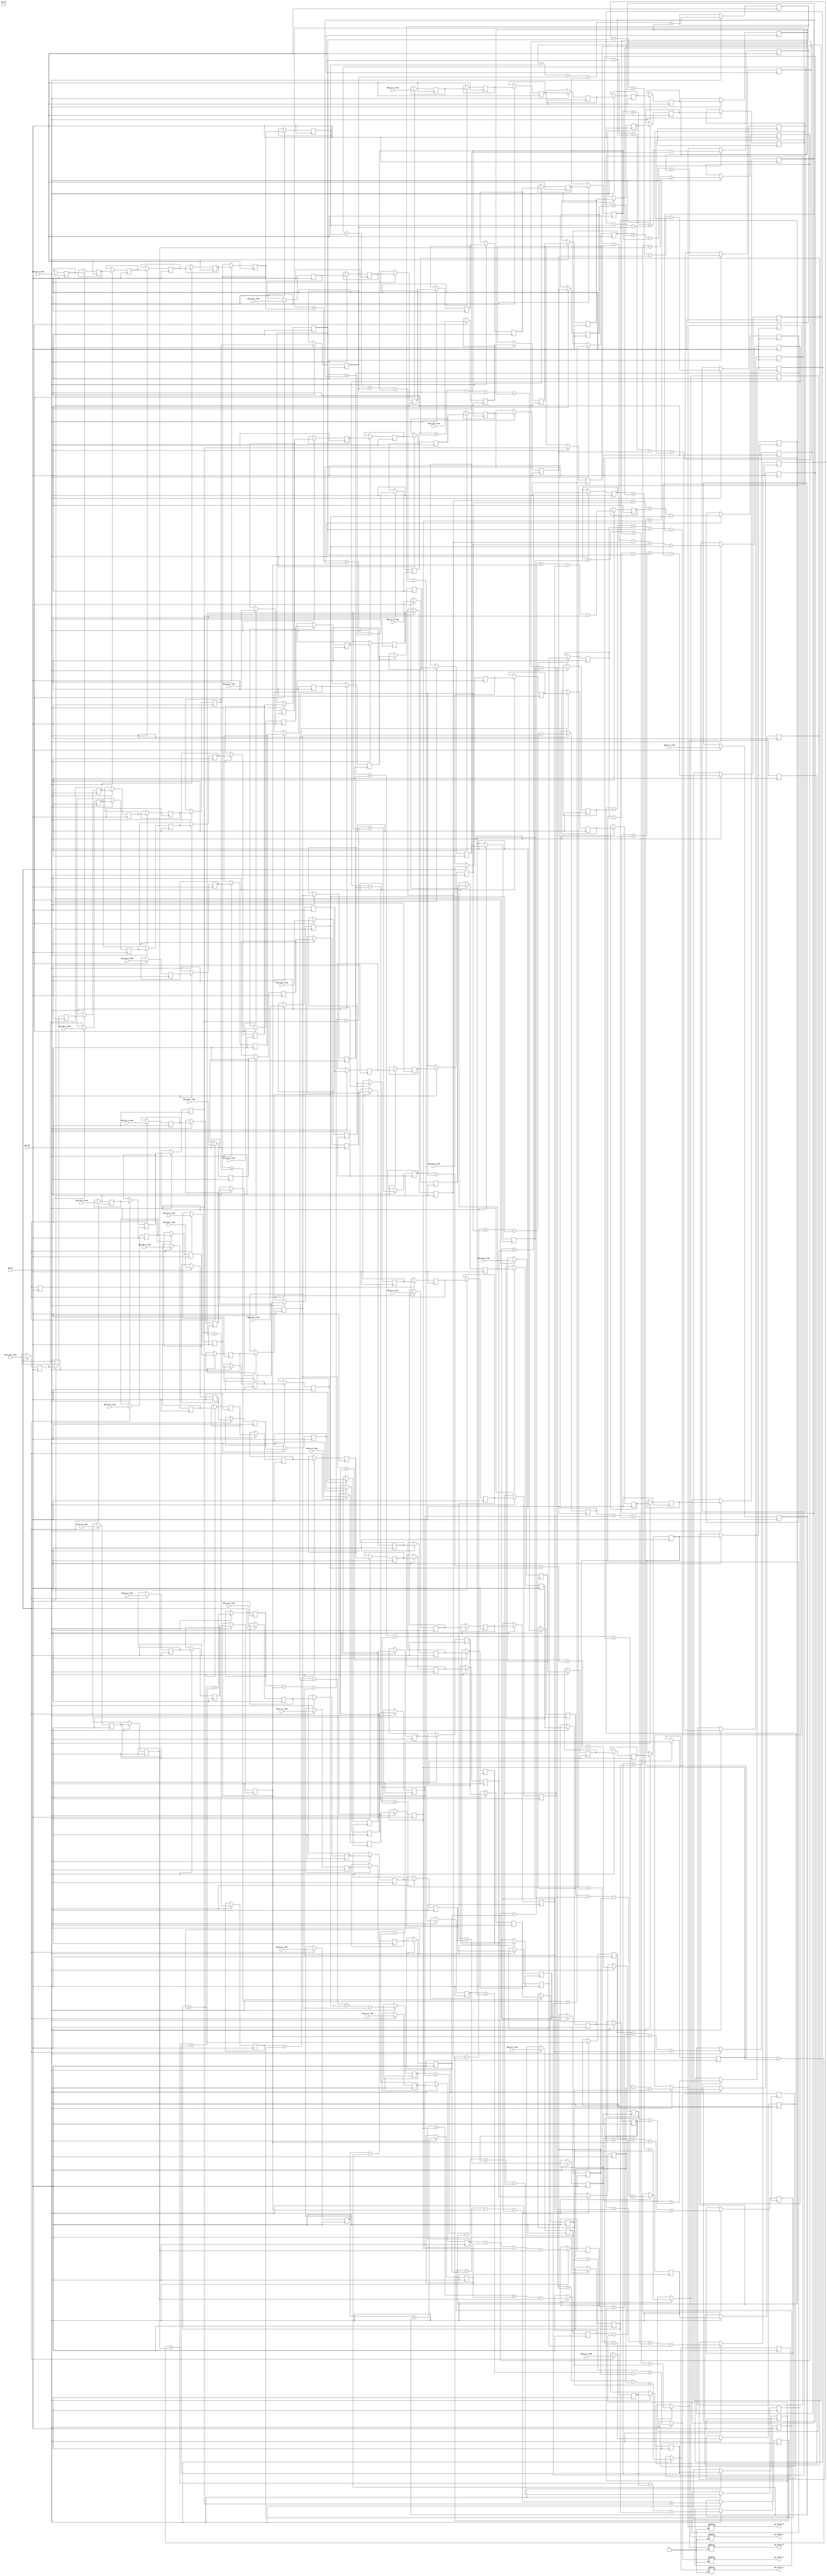

module dense_latency_ap_fixed_ap_fixed_config14_0_0_0_0_0_0 (
        ap_clk,
        ap_rst,
        data_0_V_read,
        data_1_V_read,
        data_2_V_read,
        data_3_V_read,
        data_4_V_read,
        data_5_V_read,
        data_6_V_read,
        data_7_V_read,
        data_8_V_read,
        data_9_V_read,
        data_10_V_read,
        data_11_V_read,
        data_12_V_read,
        data_13_V_read,
        data_14_V_read,
        data_15_V_read,
        data_16_V_read,
        data_17_V_read,
        data_18_V_read,
        data_19_V_read,
        data_20_V_read,
        data_21_V_read,
        data_22_V_read,
        data_23_V_read,
        data_24_V_read,
        data_25_V_read,
        data_26_V_read,
        data_27_V_read,
        data_28_V_read,
        data_29_V_read,
        data_30_V_read,
        data_31_V_read,
        ap_return_0,
        ap_return_1,
        ap_return_2,
        ap_return_3,
        ap_return_4,
        ap_ce
);


input   ap_clk;
input   ap_rst;
input  [15:0] data_0_V_read;
input  [15:0] data_1_V_read;
input  [15:0] data_2_V_read;
input  [15:0] data_3_V_read;
input  [15:0] data_4_V_read;
input  [15:0] data_5_V_read;
input  [15:0] data_6_V_read;
input  [15:0] data_7_V_read;
input  [15:0] data_8_V_read;
input  [15:0] data_9_V_read;
input  [15:0] data_10_V_read;
input  [15:0] data_11_V_read;
input  [15:0] data_12_V_read;
input  [15:0] data_13_V_read;
input  [15:0] data_14_V_read;
input  [15:0] data_15_V_read;
input  [15:0] data_16_V_read;
input  [15:0] data_17_V_read;
input  [15:0] data_18_V_read;
input  [15:0] data_19_V_read;
input  [15:0] data_20_V_read;
input  [15:0] data_21_V_read;
input  [15:0] data_22_V_read;
input  [15:0] data_23_V_read;
input  [15:0] data_24_V_read;
input  [15:0] data_25_V_read;
input  [15:0] data_26_V_read;
input  [15:0] data_27_V_read;
input  [15:0] data_28_V_read;
input  [15:0] data_29_V_read;
input  [15:0] data_30_V_read;
input  [15:0] data_31_V_read;
output  [15:0] ap_return_0;
output  [15:0] ap_return_1;
output  [15:0] ap_return_2;
output  [15:0] ap_return_3;
output  [15:0] ap_return_4;
input   ap_ce;

reg[15:0] ap_return_0;
reg[15:0] ap_return_1;
reg[15:0] ap_return_2;
reg[15:0] ap_return_3;
reg[15:0] ap_return_4;

reg   [15:0] data_31_V_read32_reg_989;
wire    ap_block_state1_pp0_stage0_iter0;
wire    ap_block_state2_pp0_stage0_iter1;
wire    ap_block_state3_pp0_stage0_iter2;
wire    ap_block_state4_pp0_stage0_iter3;
wire    ap_block_state5_pp0_stage0_iter4;
wire    ap_block_state6_pp0_stage0_iter5;
wire    ap_block_state7_pp0_stage0_iter6;
wire    ap_block_state8_pp0_stage0_iter7;
wire    ap_block_pp0_stage0_11001;
reg   [15:0] data_31_V_read32_reg_989_pp0_iter1_reg;
reg   [15:0] data_31_V_read32_reg_989_pp0_iter2_reg;
reg   [15:0] data_31_V_read32_reg_989_pp0_iter3_reg;
reg   [15:0] data_31_V_read32_reg_989_pp0_iter4_reg;
reg   [15:0] data_31_V_read32_reg_989_pp0_iter5_reg;
reg   [15:0] data_31_V_read32_reg_989_pp0_iter6_reg;
reg   [15:0] data_30_V_read31_reg_998;
reg   [15:0] data_30_V_read31_reg_998_pp0_iter1_reg;
reg   [15:0] data_30_V_read31_reg_998_pp0_iter2_reg;
reg   [15:0] data_30_V_read31_reg_998_pp0_iter3_reg;
reg   [15:0] data_30_V_read31_reg_998_pp0_iter4_reg;
reg   [15:0] data_30_V_read31_reg_998_pp0_iter5_reg;
reg   [15:0] data_30_V_read31_reg_998_pp0_iter6_reg;
reg   [15:0] data_29_V_read_6_reg_1006;
reg   [15:0] data_29_V_read_6_reg_1006_pp0_iter1_reg;
reg   [15:0] data_29_V_read_6_reg_1006_pp0_iter2_reg;
reg   [15:0] data_29_V_read_6_reg_1006_pp0_iter3_reg;
reg   [15:0] data_29_V_read_6_reg_1006_pp0_iter4_reg;
reg   [15:0] data_29_V_read_6_reg_1006_pp0_iter5_reg;
reg   [15:0] data_29_V_read_6_reg_1006_pp0_iter6_reg;
reg   [15:0] data_28_V_read_6_reg_1014;
reg   [15:0] data_28_V_read_6_reg_1014_pp0_iter1_reg;
reg   [15:0] data_28_V_read_6_reg_1014_pp0_iter2_reg;
reg   [15:0] data_28_V_read_6_reg_1014_pp0_iter3_reg;
reg   [15:0] data_28_V_read_6_reg_1014_pp0_iter4_reg;
reg   [15:0] data_28_V_read_6_reg_1014_pp0_iter5_reg;
reg   [15:0] data_28_V_read_6_reg_1014_pp0_iter6_reg;
reg   [15:0] data_27_V_read_7_reg_1023;
reg   [15:0] data_27_V_read_7_reg_1023_pp0_iter1_reg;
reg   [15:0] data_27_V_read_7_reg_1023_pp0_iter2_reg;
reg   [15:0] data_27_V_read_7_reg_1023_pp0_iter3_reg;
reg   [15:0] data_27_V_read_7_reg_1023_pp0_iter4_reg;
reg   [15:0] data_27_V_read_7_reg_1023_pp0_iter5_reg;
reg   [15:0] data_26_V_read_7_reg_1032;
reg   [15:0] data_26_V_read_7_reg_1032_pp0_iter1_reg;
reg   [15:0] data_26_V_read_7_reg_1032_pp0_iter2_reg;
reg   [15:0] data_26_V_read_7_reg_1032_pp0_iter3_reg;
reg   [15:0] data_26_V_read_7_reg_1032_pp0_iter4_reg;
reg   [15:0] data_26_V_read_7_reg_1032_pp0_iter5_reg;
reg   [15:0] data_25_V_read26_reg_1041;
reg   [15:0] data_25_V_read26_reg_1041_pp0_iter1_reg;
reg   [15:0] data_25_V_read26_reg_1041_pp0_iter2_reg;
reg   [15:0] data_25_V_read26_reg_1041_pp0_iter3_reg;
reg   [15:0] data_25_V_read26_reg_1041_pp0_iter4_reg;
reg   [15:0] data_25_V_read26_reg_1041_pp0_iter5_reg;
reg   [15:0] data_24_V_read25_reg_1050;
reg   [15:0] data_24_V_read25_reg_1050_pp0_iter1_reg;
reg   [15:0] data_24_V_read25_reg_1050_pp0_iter2_reg;
reg   [15:0] data_24_V_read25_reg_1050_pp0_iter3_reg;
reg   [15:0] data_24_V_read25_reg_1050_pp0_iter4_reg;
reg   [15:0] data_24_V_read25_reg_1050_pp0_iter5_reg;
reg   [15:0] data_23_V_read24_reg_1059;
reg   [15:0] data_23_V_read24_reg_1059_pp0_iter1_reg;
reg   [15:0] data_23_V_read24_reg_1059_pp0_iter2_reg;
reg   [15:0] data_23_V_read24_reg_1059_pp0_iter3_reg;
reg   [15:0] data_23_V_read24_reg_1059_pp0_iter4_reg;
reg   [15:0] data_22_V_read23_reg_1068;
reg   [15:0] data_22_V_read23_reg_1068_pp0_iter1_reg;
reg   [15:0] data_22_V_read23_reg_1068_pp0_iter2_reg;
reg   [15:0] data_22_V_read23_reg_1068_pp0_iter3_reg;
reg   [15:0] data_22_V_read23_reg_1068_pp0_iter4_reg;
reg   [15:0] data_22_V_read23_reg_1068_pp0_iter5_reg;
reg   [15:0] data_21_V_read22_reg_1077;
reg   [15:0] data_21_V_read22_reg_1077_pp0_iter1_reg;
reg   [15:0] data_21_V_read22_reg_1077_pp0_iter2_reg;
reg   [15:0] data_21_V_read22_reg_1077_pp0_iter3_reg;
reg   [15:0] data_21_V_read22_reg_1077_pp0_iter4_reg;
reg   [15:0] data_20_V_read21_reg_1086;
reg   [15:0] data_20_V_read21_reg_1086_pp0_iter1_reg;
reg   [15:0] data_20_V_read21_reg_1086_pp0_iter2_reg;
reg   [15:0] data_20_V_read21_reg_1086_pp0_iter3_reg;
reg   [15:0] data_20_V_read21_reg_1086_pp0_iter4_reg;
reg   [15:0] data_19_V_read_6_reg_1095;
reg   [15:0] data_19_V_read_6_reg_1095_pp0_iter1_reg;
reg   [15:0] data_19_V_read_6_reg_1095_pp0_iter2_reg;
reg   [15:0] data_19_V_read_6_reg_1095_pp0_iter3_reg;
reg   [15:0] data_19_V_read_6_reg_1095_pp0_iter4_reg;
reg   [15:0] data_18_V_read_6_reg_1103;
reg   [15:0] data_18_V_read_6_reg_1103_pp0_iter1_reg;
reg   [15:0] data_18_V_read_6_reg_1103_pp0_iter2_reg;
reg   [15:0] data_18_V_read_6_reg_1103_pp0_iter3_reg;
reg   [15:0] data_18_V_read_6_reg_1103_pp0_iter4_reg;
reg   [15:0] data_17_V_read_7_reg_1111;
reg   [15:0] data_17_V_read_7_reg_1111_pp0_iter1_reg;
reg   [15:0] data_17_V_read_7_reg_1111_pp0_iter2_reg;
reg   [15:0] data_17_V_read_7_reg_1111_pp0_iter3_reg;
reg   [15:0] data_16_V_read_7_reg_1120;
reg   [15:0] data_16_V_read_7_reg_1120_pp0_iter1_reg;
reg   [15:0] data_16_V_read_7_reg_1120_pp0_iter2_reg;
reg   [15:0] data_16_V_read_7_reg_1120_pp0_iter3_reg;
reg   [15:0] data_15_V_read16_reg_1129;
reg   [15:0] data_15_V_read16_reg_1129_pp0_iter1_reg;
reg   [15:0] data_15_V_read16_reg_1129_pp0_iter2_reg;
reg   [15:0] data_15_V_read16_reg_1129_pp0_iter3_reg;
reg   [15:0] data_14_V_read15_reg_1138;
reg   [15:0] data_14_V_read15_reg_1138_pp0_iter1_reg;
reg   [15:0] data_14_V_read15_reg_1138_pp0_iter2_reg;
reg   [15:0] data_14_V_read15_reg_1138_pp0_iter3_reg;
reg   [15:0] data_13_V_read14_reg_1147;
reg   [15:0] data_13_V_read14_reg_1147_pp0_iter1_reg;
reg   [15:0] data_13_V_read14_reg_1147_pp0_iter2_reg;
reg   [15:0] data_12_V_read13_reg_1156;
reg   [15:0] data_12_V_read13_reg_1156_pp0_iter1_reg;
reg   [15:0] data_12_V_read13_reg_1156_pp0_iter2_reg;
reg   [15:0] data_11_V_read12_reg_1165;
reg   [15:0] data_11_V_read12_reg_1165_pp0_iter1_reg;
reg   [15:0] data_11_V_read12_reg_1165_pp0_iter2_reg;
reg   [15:0] data_10_V_read11_reg_1174;
reg   [15:0] data_10_V_read11_reg_1174_pp0_iter1_reg;
reg   [15:0] data_10_V_read11_reg_1174_pp0_iter2_reg;
reg   [15:0] data_9_V_read_6_reg_1183;
reg   [15:0] data_9_V_read_6_reg_1183_pp0_iter1_reg;
reg   [15:0] data_8_V_read_6_reg_1192;
reg   [15:0] data_8_V_read_6_reg_1192_pp0_iter1_reg;
reg   [15:0] data_7_V_read_7_reg_1201;
reg   [15:0] data_7_V_read_7_reg_1201_pp0_iter1_reg;
reg   [15:0] data_6_V_read_7_reg_1208;
reg   [15:0] data_5_V_read_7_reg_1215;
reg   [15:0] data_5_V_read_7_reg_1215_pp0_iter1_reg;
reg   [15:0] data_4_V_read_8_reg_1224;
reg   [15:0] data_3_V_read_8_reg_1232;
reg   [15:0] data_2_V_read_8_reg_1240;
wire   [15:0] add_ln703_fu_280_p2;
reg   [15:0] add_ln703_reg_1246;
wire   [15:0] sub_ln703_1_fu_286_p2;
reg   [15:0] sub_ln703_1_reg_1252;
wire   [15:0] sub_ln703_5_fu_319_p2;
reg   [15:0] sub_ln703_5_reg_1258;
wire   [15:0] sub_ln703_6_fu_324_p2;
reg   [15:0] sub_ln703_6_reg_1263;
wire   [15:0] add_ln703_136_fu_347_p2;
reg   [15:0] add_ln703_136_reg_1268;
wire   [15:0] sub_ln703_9_fu_353_p2;
reg   [15:0] sub_ln703_9_reg_1273;
wire   [15:0] add_ln703_138_fu_363_p2;
reg   [15:0] add_ln703_138_reg_1278;
wire   [15:0] add_ln703_139_fu_367_p2;
reg   [15:0] add_ln703_139_reg_1284;
wire   [15:0] add_ln703_145_fu_433_p2;
reg   [15:0] add_ln703_145_reg_1289;
wire   [15:0] sub_ln703_18_fu_443_p2;
reg   [15:0] sub_ln703_18_reg_1294;
wire   [15:0] add_ln703_146_fu_453_p2;
reg   [15:0] add_ln703_146_reg_1299;
wire   [15:0] add_ln703_147_fu_458_p2;
reg   [15:0] add_ln703_147_reg_1304;
wire   [15:0] add_ln703_148_fu_463_p2;
reg   [15:0] add_ln703_148_reg_1309;
wire   [15:0] add_ln703_149_fu_468_p2;
reg   [15:0] add_ln703_149_reg_1314;
wire   [15:0] sub_ln703_25_fu_517_p2;
reg   [15:0] sub_ln703_25_reg_1319;
wire   [15:0] sub_ln703_26_fu_527_p2;
reg   [15:0] sub_ln703_26_reg_1324;
wire   [15:0] sub_ln703_28_fu_537_p2;
reg   [15:0] sub_ln703_28_reg_1329;
wire   [15:0] sub_ln703_30_fu_542_p2;
reg   [15:0] sub_ln703_30_reg_1334;
wire   [15:0] sub_ln703_33_fu_562_p2;
reg   [15:0] sub_ln703_33_reg_1339;
wire   [15:0] add_ln703_166_fu_567_p2;
reg   [15:0] add_ln703_166_reg_1344;
wire   [15:0] add_ln703_163_fu_621_p2;
reg   [15:0] add_ln703_163_reg_1350;
wire   [15:0] sub_ln703_38_fu_626_p2;
reg   [15:0] sub_ln703_38_reg_1355;
wire   [15:0] add_ln703_167_fu_641_p2;
reg   [15:0] add_ln703_167_reg_1360;
wire   [15:0] sub_ln703_41_fu_646_p2;
reg   [15:0] sub_ln703_41_reg_1365;
wire   [15:0] add_ln703_176_fu_660_p2;
reg   [15:0] add_ln703_176_reg_1370;
reg   [15:0] add_ln703_176_reg_1370_pp0_iter5_reg;
wire   [15:0] sub_ln703_46_fu_697_p2;
reg   [15:0] sub_ln703_46_reg_1375;
wire   [15:0] add_ln703_173_fu_732_p2;
reg   [15:0] add_ln703_173_reg_1380;
wire   [15:0] sub_ln703_49_fu_737_p2;
reg   [15:0] sub_ln703_49_reg_1385;
wire   [15:0] sub_ln703_50_fu_742_p2;
reg   [15:0] sub_ln703_50_reg_1390;
wire   [15:0] add_ln703_180_fu_760_p2;
reg   [15:0] add_ln703_180_reg_1395;
wire   [15:0] add_ln703_184_fu_770_p2;
reg   [15:0] add_ln703_184_reg_1400;
wire   [15:0] sub_ln703_61_fu_840_p2;
reg   [15:0] sub_ln703_61_reg_1405;
wire   [15:0] add_ln703_189_fu_855_p2;
reg   [15:0] add_ln703_189_reg_1410;
wire   [15:0] sub_ln703_62_fu_860_p2;
reg   [15:0] sub_ln703_62_reg_1415;
wire   [15:0] sub_ln703_64_fu_865_p2;
reg   [15:0] sub_ln703_64_reg_1420;
wire   [15:0] add_ln703_192_fu_870_p2;
reg   [15:0] add_ln703_192_reg_1425;
wire   [15:0] add_ln703_194_fu_874_p2;
reg   [15:0] add_ln703_194_reg_1431;
wire    ap_block_pp0_stage0;
wire   [15:0] sub_ln703_fu_274_p2;
wire   [15:0] add_ln703_130_fu_300_p2;
wire   [15:0] sub_ln703_2_fu_292_p2;
wire   [15:0] sub_ln703_3_fu_296_p2;
wire   [15:0] add_ln703_131_fu_304_p2;
wire   [15:0] sub_ln703_4_fu_309_p2;
wire   [15:0] add_ln703_132_fu_314_p2;
wire   [15:0] add_ln703_134_fu_338_p2;
wire   [15:0] add_ln703_135_fu_342_p2;
wire   [15:0] add_ln703_133_fu_334_p2;
wire   [15:0] sub_ln703_8_fu_329_p2;
wire   [15:0] add_ln703_137_fu_358_p2;
wire   [15:0] sub_ln703_7_fu_373_p2;
wire   [15:0] add_ln703_141_fu_386_p2;
wire   [15:0] sub_ln703_10_fu_377_p2;
wire   [15:0] add_ln703_140_fu_381_p2;
wire   [15:0] add_ln703_142_fu_390_p2;
wire   [15:0] add_ln703_143_fu_395_p2;
wire   [15:0] add_ln703_144_fu_399_p2;
wire   [15:0] sub_ln703_11_fu_404_p2;
wire   [15:0] sub_ln703_13_fu_413_p2;
wire   [15:0] sub_ln703_14_fu_418_p2;
wire   [15:0] sub_ln703_15_fu_423_p2;
wire   [15:0] sub_ln703_16_fu_428_p2;
wire   [15:0] sub_ln703_17_fu_438_p2;
wire   [15:0] sub_ln703_19_fu_448_p2;
wire   [15:0] sub_ln703_12_fu_408_p2;
wire   [15:0] sub_ln703_20_fu_472_p2;
wire   [15:0] add_ln703_151_fu_489_p2;
wire   [15:0] add_ln703_150_fu_476_p2;
wire   [15:0] sub_ln703_21_fu_480_p2;
wire   [15:0] sub_ln703_22_fu_485_p2;
wire   [15:0] add_ln703_152_fu_493_p2;
wire   [15:0] sub_ln703_24_fu_502_p2;
wire   [15:0] add_ln703_153_fu_507_p2;
wire   [15:0] add_ln703_154_fu_512_p2;
wire   [15:0] add_ln703_155_fu_522_p2;
wire   [15:0] sub_ln703_27_fu_532_p2;
wire   [15:0] sub_ln703_23_fu_498_p2;
wire   [15:0] add_ln703_158_fu_552_p2;
wire   [15:0] add_ln703_157_fu_547_p2;
wire   [15:0] add_ln703_159_fu_556_p2;
wire   [15:0] add_ln703_156_fu_571_p2;
wire   [15:0] sub_ln703_29_fu_575_p2;
wire   [15:0] sub_ln703_32_fu_584_p2;
wire   [15:0] add_ln703_160_fu_588_p2;
wire   [15:0] add_ln703_161_fu_593_p2;
wire   [15:0] sub_ln703_34_fu_597_p2;
wire   [15:0] sub_ln703_35_fu_602_p2;
wire   [15:0] add_ln703_162_fu_616_p2;
wire   [15:0] add_ln703_164_fu_631_p2;
wire   [15:0] sub_ln703_36_fu_607_p2;
wire   [15:0] sub_ln703_37_fu_612_p2;
wire   [15:0] add_ln703_165_fu_635_p2;
wire   [15:0] sub_ln703_31_fu_579_p2;
wire   [15:0] add_ln703_175_fu_656_p2;
wire   [15:0] add_ln703_174_fu_651_p2;
wire   [15:0] sub_ln703_39_fu_666_p2;
wire   [15:0] add_ln703_168_fu_674_p2;
wire   [15:0] sub_ln703_42_fu_679_p2;
wire   [15:0] sub_ln703_43_fu_683_p2;
wire   [15:0] sub_ln703_44_fu_688_p2;
wire   [15:0] sub_ln703_45_fu_692_p2;
wire   [15:0] sub_ln703_40_fu_670_p2;
wire   [15:0] add_ln703_171_fu_717_p2;
wire   [15:0] add_ln703_170_fu_712_p2;
wire   [15:0] add_ln703_169_fu_702_p2;
wire   [15:0] sub_ln703_47_fu_707_p2;
wire   [15:0] add_ln703_172_fu_721_p2;
wire   [15:0] sub_ln703_48_fu_727_p2;
wire   [15:0] add_ln703_178_fu_751_p2;
wire   [15:0] add_ln703_179_fu_755_p2;
wire   [15:0] add_ln703_177_fu_747_p2;
wire   [15:0] add_ln703_183_fu_766_p2;
wire   [15:0] add_ln703_181_fu_775_p2;
wire   [15:0] sub_ln703_51_fu_779_p2;
wire   [15:0] sub_ln703_52_fu_783_p2;
wire   [15:0] add_ln703_182_fu_806_p2;
wire   [15:0] sub_ln703_53_fu_787_p2;
wire   [15:0] sub_ln703_54_fu_791_p2;
wire   [15:0] sub_ln703_56_fu_801_p2;
wire   [15:0] add_ln703_185_fu_810_p2;
wire   [15:0] add_ln703_186_fu_815_p2;
wire   [15:0] sub_ln703_57_fu_820_p2;
wire   [15:0] add_ln703_187_fu_845_p2;
wire   [15:0] sub_ln703_55_fu_796_p2;
wire   [15:0] sub_ln703_59_fu_830_p2;
wire   [15:0] sub_ln703_60_fu_835_p2;
wire   [15:0] add_ln703_188_fu_849_p2;
wire   [15:0] sub_ln703_58_fu_825_p2;
wire   [15:0] sub_ln703_63_fu_879_p2;
wire   [15:0] sub_ln703_65_fu_883_p2;
wire   [15:0] add_ln703_190_fu_887_p2;
wire   [15:0] sub_ln703_66_fu_891_p2;
wire   [15:0] add_ln703_195_fu_915_p2;
wire   [15:0] add_ln703_191_fu_896_p2;
wire   [15:0] sub_ln703_68_fu_906_p2;
wire   [15:0] add_ln703_193_fu_911_p2;
wire   [15:0] add_ln703_196_fu_919_p2;
wire   [15:0] sub_ln703_69_fu_924_p2;
wire   [15:0] add_ln703_198_fu_949_p2;
wire   [15:0] sub_ln703_67_fu_901_p2;
wire   [15:0] sub_ln703_70_fu_929_p2;
wire   [15:0] acc_1_V_fu_934_p2;
wire   [15:0] acc_2_V_fu_939_p2;
wire   [15:0] acc_3_V_fu_944_p2;
wire   [15:0] acc_4_V_fu_953_p2;
reg    ap_ce_reg;
reg   [15:0] data_0_V_read_int_reg;
reg   [15:0] data_1_V_read_int_reg;
reg   [15:0] data_2_V_read_int_reg;
reg   [15:0] data_3_V_read_int_reg;
reg   [15:0] data_4_V_read_int_reg;
reg   [15:0] data_5_V_read_int_reg;
reg   [15:0] data_6_V_read_int_reg;
reg   [15:0] data_7_V_read_int_reg;
reg   [15:0] data_8_V_read_int_reg;
reg   [15:0] data_9_V_read_int_reg;
reg   [15:0] data_10_V_read_int_reg;
reg   [15:0] data_11_V_read_int_reg;
reg   [15:0] data_12_V_read_int_reg;
reg   [15:0] data_13_V_read_int_reg;
reg   [15:0] data_14_V_read_int_reg;
reg   [15:0] data_15_V_read_int_reg;
reg   [15:0] data_16_V_read_int_reg;
reg   [15:0] data_17_V_read_int_reg;
reg   [15:0] data_18_V_read_int_reg;
reg   [15:0] data_19_V_read_int_reg;
reg   [15:0] data_20_V_read_int_reg;
reg   [15:0] data_21_V_read_int_reg;
reg   [15:0] data_22_V_read_int_reg;
reg   [15:0] data_23_V_read_int_reg;
reg   [15:0] data_24_V_read_int_reg;
reg   [15:0] data_25_V_read_int_reg;
reg   [15:0] data_26_V_read_int_reg;
reg   [15:0] data_27_V_read_int_reg;
reg   [15:0] data_28_V_read_int_reg;
reg   [15:0] data_29_V_read_int_reg;
reg   [15:0] data_30_V_read_int_reg;
reg   [15:0] data_31_V_read_int_reg;
reg   [15:0] ap_return_0_int_reg;
reg   [15:0] ap_return_1_int_reg;
reg   [15:0] ap_return_2_int_reg;
reg   [15:0] ap_return_3_int_reg;
reg   [15:0] ap_return_4_int_reg;

always @ (posedge ap_clk) begin
    ap_ce_reg <= ap_ce;
end

always @ (posedge ap_clk) begin
    if (((1'b1 == ap_ce_reg) & (1'b0 == ap_block_pp0_stage0_11001))) begin
        add_ln703_136_reg_1268 <= add_ln703_136_fu_347_p2;
        add_ln703_138_reg_1278 <= add_ln703_138_fu_363_p2;
        add_ln703_139_reg_1284 <= add_ln703_139_fu_367_p2;
        add_ln703_145_reg_1289 <= add_ln703_145_fu_433_p2;
        add_ln703_146_reg_1299 <= add_ln703_146_fu_453_p2;
        add_ln703_147_reg_1304 <= add_ln703_147_fu_458_p2;
        add_ln703_148_reg_1309 <= add_ln703_148_fu_463_p2;
        add_ln703_149_reg_1314 <= add_ln703_149_fu_468_p2;
        add_ln703_163_reg_1350 <= add_ln703_163_fu_621_p2;
        add_ln703_166_reg_1344 <= add_ln703_166_fu_567_p2;
        add_ln703_167_reg_1360 <= add_ln703_167_fu_641_p2;
        add_ln703_173_reg_1380 <= add_ln703_173_fu_732_p2;
        add_ln703_176_reg_1370 <= add_ln703_176_fu_660_p2;
        add_ln703_176_reg_1370_pp0_iter5_reg <= add_ln703_176_reg_1370;
        add_ln703_180_reg_1395 <= add_ln703_180_fu_760_p2;
        add_ln703_184_reg_1400 <= add_ln703_184_fu_770_p2;
        add_ln703_189_reg_1410 <= add_ln703_189_fu_855_p2;
        add_ln703_192_reg_1425 <= add_ln703_192_fu_870_p2;
        add_ln703_194_reg_1431 <= add_ln703_194_fu_874_p2;
        add_ln703_reg_1246 <= add_ln703_fu_280_p2;
        data_10_V_read11_reg_1174 <= data_10_V_read_int_reg;
        data_10_V_read11_reg_1174_pp0_iter1_reg <= data_10_V_read11_reg_1174;
        data_10_V_read11_reg_1174_pp0_iter2_reg <= data_10_V_read11_reg_1174_pp0_iter1_reg;
        data_11_V_read12_reg_1165 <= data_11_V_read_int_reg;
        data_11_V_read12_reg_1165_pp0_iter1_reg <= data_11_V_read12_reg_1165;
        data_11_V_read12_reg_1165_pp0_iter2_reg <= data_11_V_read12_reg_1165_pp0_iter1_reg;
        data_12_V_read13_reg_1156 <= data_12_V_read_int_reg;
        data_12_V_read13_reg_1156_pp0_iter1_reg <= data_12_V_read13_reg_1156;
        data_12_V_read13_reg_1156_pp0_iter2_reg <= data_12_V_read13_reg_1156_pp0_iter1_reg;
        data_13_V_read14_reg_1147 <= data_13_V_read_int_reg;
        data_13_V_read14_reg_1147_pp0_iter1_reg <= data_13_V_read14_reg_1147;
        data_13_V_read14_reg_1147_pp0_iter2_reg <= data_13_V_read14_reg_1147_pp0_iter1_reg;
        data_14_V_read15_reg_1138 <= data_14_V_read_int_reg;
        data_14_V_read15_reg_1138_pp0_iter1_reg <= data_14_V_read15_reg_1138;
        data_14_V_read15_reg_1138_pp0_iter2_reg <= data_14_V_read15_reg_1138_pp0_iter1_reg;
        data_14_V_read15_reg_1138_pp0_iter3_reg <= data_14_V_read15_reg_1138_pp0_iter2_reg;
        data_15_V_read16_reg_1129 <= data_15_V_read_int_reg;
        data_15_V_read16_reg_1129_pp0_iter1_reg <= data_15_V_read16_reg_1129;
        data_15_V_read16_reg_1129_pp0_iter2_reg <= data_15_V_read16_reg_1129_pp0_iter1_reg;
        data_15_V_read16_reg_1129_pp0_iter3_reg <= data_15_V_read16_reg_1129_pp0_iter2_reg;
        data_16_V_read_7_reg_1120 <= data_16_V_read_int_reg;
        data_16_V_read_7_reg_1120_pp0_iter1_reg <= data_16_V_read_7_reg_1120;
        data_16_V_read_7_reg_1120_pp0_iter2_reg <= data_16_V_read_7_reg_1120_pp0_iter1_reg;
        data_16_V_read_7_reg_1120_pp0_iter3_reg <= data_16_V_read_7_reg_1120_pp0_iter2_reg;
        data_17_V_read_7_reg_1111 <= data_17_V_read_int_reg;
        data_17_V_read_7_reg_1111_pp0_iter1_reg <= data_17_V_read_7_reg_1111;
        data_17_V_read_7_reg_1111_pp0_iter2_reg <= data_17_V_read_7_reg_1111_pp0_iter1_reg;
        data_17_V_read_7_reg_1111_pp0_iter3_reg <= data_17_V_read_7_reg_1111_pp0_iter2_reg;
        data_18_V_read_6_reg_1103 <= data_18_V_read_int_reg;
        data_18_V_read_6_reg_1103_pp0_iter1_reg <= data_18_V_read_6_reg_1103;
        data_18_V_read_6_reg_1103_pp0_iter2_reg <= data_18_V_read_6_reg_1103_pp0_iter1_reg;
        data_18_V_read_6_reg_1103_pp0_iter3_reg <= data_18_V_read_6_reg_1103_pp0_iter2_reg;
        data_18_V_read_6_reg_1103_pp0_iter4_reg <= data_18_V_read_6_reg_1103_pp0_iter3_reg;
        data_19_V_read_6_reg_1095 <= data_19_V_read_int_reg;
        data_19_V_read_6_reg_1095_pp0_iter1_reg <= data_19_V_read_6_reg_1095;
        data_19_V_read_6_reg_1095_pp0_iter2_reg <= data_19_V_read_6_reg_1095_pp0_iter1_reg;
        data_19_V_read_6_reg_1095_pp0_iter3_reg <= data_19_V_read_6_reg_1095_pp0_iter2_reg;
        data_19_V_read_6_reg_1095_pp0_iter4_reg <= data_19_V_read_6_reg_1095_pp0_iter3_reg;
        data_20_V_read21_reg_1086 <= data_20_V_read_int_reg;
        data_20_V_read21_reg_1086_pp0_iter1_reg <= data_20_V_read21_reg_1086;
        data_20_V_read21_reg_1086_pp0_iter2_reg <= data_20_V_read21_reg_1086_pp0_iter1_reg;
        data_20_V_read21_reg_1086_pp0_iter3_reg <= data_20_V_read21_reg_1086_pp0_iter2_reg;
        data_20_V_read21_reg_1086_pp0_iter4_reg <= data_20_V_read21_reg_1086_pp0_iter3_reg;
        data_21_V_read22_reg_1077 <= data_21_V_read_int_reg;
        data_21_V_read22_reg_1077_pp0_iter1_reg <= data_21_V_read22_reg_1077;
        data_21_V_read22_reg_1077_pp0_iter2_reg <= data_21_V_read22_reg_1077_pp0_iter1_reg;
        data_21_V_read22_reg_1077_pp0_iter3_reg <= data_21_V_read22_reg_1077_pp0_iter2_reg;
        data_21_V_read22_reg_1077_pp0_iter4_reg <= data_21_V_read22_reg_1077_pp0_iter3_reg;
        data_22_V_read23_reg_1068 <= data_22_V_read_int_reg;
        data_22_V_read23_reg_1068_pp0_iter1_reg <= data_22_V_read23_reg_1068;
        data_22_V_read23_reg_1068_pp0_iter2_reg <= data_22_V_read23_reg_1068_pp0_iter1_reg;
        data_22_V_read23_reg_1068_pp0_iter3_reg <= data_22_V_read23_reg_1068_pp0_iter2_reg;
        data_22_V_read23_reg_1068_pp0_iter4_reg <= data_22_V_read23_reg_1068_pp0_iter3_reg;
        data_22_V_read23_reg_1068_pp0_iter5_reg <= data_22_V_read23_reg_1068_pp0_iter4_reg;
        data_23_V_read24_reg_1059 <= data_23_V_read_int_reg;
        data_23_V_read24_reg_1059_pp0_iter1_reg <= data_23_V_read24_reg_1059;
        data_23_V_read24_reg_1059_pp0_iter2_reg <= data_23_V_read24_reg_1059_pp0_iter1_reg;
        data_23_V_read24_reg_1059_pp0_iter3_reg <= data_23_V_read24_reg_1059_pp0_iter2_reg;
        data_23_V_read24_reg_1059_pp0_iter4_reg <= data_23_V_read24_reg_1059_pp0_iter3_reg;
        data_24_V_read25_reg_1050 <= data_24_V_read_int_reg;
        data_24_V_read25_reg_1050_pp0_iter1_reg <= data_24_V_read25_reg_1050;
        data_24_V_read25_reg_1050_pp0_iter2_reg <= data_24_V_read25_reg_1050_pp0_iter1_reg;
        data_24_V_read25_reg_1050_pp0_iter3_reg <= data_24_V_read25_reg_1050_pp0_iter2_reg;
        data_24_V_read25_reg_1050_pp0_iter4_reg <= data_24_V_read25_reg_1050_pp0_iter3_reg;
        data_24_V_read25_reg_1050_pp0_iter5_reg <= data_24_V_read25_reg_1050_pp0_iter4_reg;
        data_25_V_read26_reg_1041 <= data_25_V_read_int_reg;
        data_25_V_read26_reg_1041_pp0_iter1_reg <= data_25_V_read26_reg_1041;
        data_25_V_read26_reg_1041_pp0_iter2_reg <= data_25_V_read26_reg_1041_pp0_iter1_reg;
        data_25_V_read26_reg_1041_pp0_iter3_reg <= data_25_V_read26_reg_1041_pp0_iter2_reg;
        data_25_V_read26_reg_1041_pp0_iter4_reg <= data_25_V_read26_reg_1041_pp0_iter3_reg;
        data_25_V_read26_reg_1041_pp0_iter5_reg <= data_25_V_read26_reg_1041_pp0_iter4_reg;
        data_26_V_read_7_reg_1032 <= data_26_V_read_int_reg;
        data_26_V_read_7_reg_1032_pp0_iter1_reg <= data_26_V_read_7_reg_1032;
        data_26_V_read_7_reg_1032_pp0_iter2_reg <= data_26_V_read_7_reg_1032_pp0_iter1_reg;
        data_26_V_read_7_reg_1032_pp0_iter3_reg <= data_26_V_read_7_reg_1032_pp0_iter2_reg;
        data_26_V_read_7_reg_1032_pp0_iter4_reg <= data_26_V_read_7_reg_1032_pp0_iter3_reg;
        data_26_V_read_7_reg_1032_pp0_iter5_reg <= data_26_V_read_7_reg_1032_pp0_iter4_reg;
        data_27_V_read_7_reg_1023 <= data_27_V_read_int_reg;
        data_27_V_read_7_reg_1023_pp0_iter1_reg <= data_27_V_read_7_reg_1023;
        data_27_V_read_7_reg_1023_pp0_iter2_reg <= data_27_V_read_7_reg_1023_pp0_iter1_reg;
        data_27_V_read_7_reg_1023_pp0_iter3_reg <= data_27_V_read_7_reg_1023_pp0_iter2_reg;
        data_27_V_read_7_reg_1023_pp0_iter4_reg <= data_27_V_read_7_reg_1023_pp0_iter3_reg;
        data_27_V_read_7_reg_1023_pp0_iter5_reg <= data_27_V_read_7_reg_1023_pp0_iter4_reg;
        data_28_V_read_6_reg_1014 <= data_28_V_read_int_reg;
        data_28_V_read_6_reg_1014_pp0_iter1_reg <= data_28_V_read_6_reg_1014;
        data_28_V_read_6_reg_1014_pp0_iter2_reg <= data_28_V_read_6_reg_1014_pp0_iter1_reg;
        data_28_V_read_6_reg_1014_pp0_iter3_reg <= data_28_V_read_6_reg_1014_pp0_iter2_reg;
        data_28_V_read_6_reg_1014_pp0_iter4_reg <= data_28_V_read_6_reg_1014_pp0_iter3_reg;
        data_28_V_read_6_reg_1014_pp0_iter5_reg <= data_28_V_read_6_reg_1014_pp0_iter4_reg;
        data_28_V_read_6_reg_1014_pp0_iter6_reg <= data_28_V_read_6_reg_1014_pp0_iter5_reg;
        data_29_V_read_6_reg_1006 <= data_29_V_read_int_reg;
        data_29_V_read_6_reg_1006_pp0_iter1_reg <= data_29_V_read_6_reg_1006;
        data_29_V_read_6_reg_1006_pp0_iter2_reg <= data_29_V_read_6_reg_1006_pp0_iter1_reg;
        data_29_V_read_6_reg_1006_pp0_iter3_reg <= data_29_V_read_6_reg_1006_pp0_iter2_reg;
        data_29_V_read_6_reg_1006_pp0_iter4_reg <= data_29_V_read_6_reg_1006_pp0_iter3_reg;
        data_29_V_read_6_reg_1006_pp0_iter5_reg <= data_29_V_read_6_reg_1006_pp0_iter4_reg;
        data_29_V_read_6_reg_1006_pp0_iter6_reg <= data_29_V_read_6_reg_1006_pp0_iter5_reg;
        data_2_V_read_8_reg_1240 <= data_2_V_read_int_reg;
        data_30_V_read31_reg_998 <= data_30_V_read_int_reg;
        data_30_V_read31_reg_998_pp0_iter1_reg <= data_30_V_read31_reg_998;
        data_30_V_read31_reg_998_pp0_iter2_reg <= data_30_V_read31_reg_998_pp0_iter1_reg;
        data_30_V_read31_reg_998_pp0_iter3_reg <= data_30_V_read31_reg_998_pp0_iter2_reg;
        data_30_V_read31_reg_998_pp0_iter4_reg <= data_30_V_read31_reg_998_pp0_iter3_reg;
        data_30_V_read31_reg_998_pp0_iter5_reg <= data_30_V_read31_reg_998_pp0_iter4_reg;
        data_30_V_read31_reg_998_pp0_iter6_reg <= data_30_V_read31_reg_998_pp0_iter5_reg;
        data_31_V_read32_reg_989 <= data_31_V_read_int_reg;
        data_31_V_read32_reg_989_pp0_iter1_reg <= data_31_V_read32_reg_989;
        data_31_V_read32_reg_989_pp0_iter2_reg <= data_31_V_read32_reg_989_pp0_iter1_reg;
        data_31_V_read32_reg_989_pp0_iter3_reg <= data_31_V_read32_reg_989_pp0_iter2_reg;
        data_31_V_read32_reg_989_pp0_iter4_reg <= data_31_V_read32_reg_989_pp0_iter3_reg;
        data_31_V_read32_reg_989_pp0_iter5_reg <= data_31_V_read32_reg_989_pp0_iter4_reg;
        data_31_V_read32_reg_989_pp0_iter6_reg <= data_31_V_read32_reg_989_pp0_iter5_reg;
        data_3_V_read_8_reg_1232 <= data_3_V_read_int_reg;
        data_4_V_read_8_reg_1224 <= data_4_V_read_int_reg;
        data_5_V_read_7_reg_1215 <= data_5_V_read_int_reg;
        data_5_V_read_7_reg_1215_pp0_iter1_reg <= data_5_V_read_7_reg_1215;
        data_6_V_read_7_reg_1208 <= data_6_V_read_int_reg;
        data_7_V_read_7_reg_1201 <= data_7_V_read_int_reg;
        data_7_V_read_7_reg_1201_pp0_iter1_reg <= data_7_V_read_7_reg_1201;
        data_8_V_read_6_reg_1192 <= data_8_V_read_int_reg;
        data_8_V_read_6_reg_1192_pp0_iter1_reg <= data_8_V_read_6_reg_1192;
        data_9_V_read_6_reg_1183 <= data_9_V_read_int_reg;
        data_9_V_read_6_reg_1183_pp0_iter1_reg <= data_9_V_read_6_reg_1183;
        sub_ln703_18_reg_1294 <= sub_ln703_18_fu_443_p2;
        sub_ln703_1_reg_1252 <= sub_ln703_1_fu_286_p2;
        sub_ln703_25_reg_1319 <= sub_ln703_25_fu_517_p2;
        sub_ln703_26_reg_1324 <= sub_ln703_26_fu_527_p2;
        sub_ln703_28_reg_1329 <= sub_ln703_28_fu_537_p2;
        sub_ln703_30_reg_1334 <= sub_ln703_30_fu_542_p2;
        sub_ln703_33_reg_1339 <= sub_ln703_33_fu_562_p2;
        sub_ln703_38_reg_1355 <= sub_ln703_38_fu_626_p2;
        sub_ln703_41_reg_1365 <= sub_ln703_41_fu_646_p2;
        sub_ln703_46_reg_1375 <= sub_ln703_46_fu_697_p2;
        sub_ln703_49_reg_1385 <= sub_ln703_49_fu_737_p2;
        sub_ln703_50_reg_1390 <= sub_ln703_50_fu_742_p2;
        sub_ln703_5_reg_1258 <= sub_ln703_5_fu_319_p2;
        sub_ln703_61_reg_1405 <= sub_ln703_61_fu_840_p2;
        sub_ln703_62_reg_1415 <= sub_ln703_62_fu_860_p2;
        sub_ln703_64_reg_1420 <= sub_ln703_64_fu_865_p2;
        sub_ln703_6_reg_1263 <= sub_ln703_6_fu_324_p2;
        sub_ln703_9_reg_1273 <= sub_ln703_9_fu_353_p2;
    end
end

always @ (posedge ap_clk) begin
    if ((1'b1 == ap_ce_reg)) begin
        ap_return_0_int_reg <= sub_ln703_70_fu_929_p2;
        ap_return_1_int_reg <= acc_1_V_fu_934_p2;
        ap_return_2_int_reg <= acc_2_V_fu_939_p2;
        ap_return_3_int_reg <= acc_3_V_fu_944_p2;
        ap_return_4_int_reg <= acc_4_V_fu_953_p2;
    end
end

always @ (posedge ap_clk) begin
    if ((1'b1 == ap_ce)) begin
        data_0_V_read_int_reg <= data_0_V_read;
        data_10_V_read_int_reg <= data_10_V_read;
        data_11_V_read_int_reg <= data_11_V_read;
        data_12_V_read_int_reg <= data_12_V_read;
        data_13_V_read_int_reg <= data_13_V_read;
        data_14_V_read_int_reg <= data_14_V_read;
        data_15_V_read_int_reg <= data_15_V_read;
        data_16_V_read_int_reg <= data_16_V_read;
        data_17_V_read_int_reg <= data_17_V_read;
        data_18_V_read_int_reg <= data_18_V_read;
        data_19_V_read_int_reg <= data_19_V_read;
        data_1_V_read_int_reg <= data_1_V_read;
        data_20_V_read_int_reg <= data_20_V_read;
        data_21_V_read_int_reg <= data_21_V_read;
        data_22_V_read_int_reg <= data_22_V_read;
        data_23_V_read_int_reg <= data_23_V_read;
        data_24_V_read_int_reg <= data_24_V_read;
        data_25_V_read_int_reg <= data_25_V_read;
        data_26_V_read_int_reg <= data_26_V_read;
        data_27_V_read_int_reg <= data_27_V_read;
        data_28_V_read_int_reg <= data_28_V_read;
        data_29_V_read_int_reg <= data_29_V_read;
        data_2_V_read_int_reg <= data_2_V_read;
        data_30_V_read_int_reg <= data_30_V_read;
        data_31_V_read_int_reg <= data_31_V_read;
        data_3_V_read_int_reg <= data_3_V_read;
        data_4_V_read_int_reg <= data_4_V_read;
        data_5_V_read_int_reg <= data_5_V_read;
        data_6_V_read_int_reg <= data_6_V_read;
        data_7_V_read_int_reg <= data_7_V_read;
        data_8_V_read_int_reg <= data_8_V_read;
        data_9_V_read_int_reg <= data_9_V_read;
    end
end

always @ (*) begin
    if ((1'b0 == ap_ce_reg)) begin
        ap_return_0 = ap_return_0_int_reg;
    end else if ((1'b1 == ap_ce_reg)) begin
        ap_return_0 = sub_ln703_70_fu_929_p2;
    end
end

always @ (*) begin
    if ((1'b0 == ap_ce_reg)) begin
        ap_return_1 = ap_return_1_int_reg;
    end else if ((1'b1 == ap_ce_reg)) begin
        ap_return_1 = acc_1_V_fu_934_p2;
    end
end

always @ (*) begin
    if ((1'b0 == ap_ce_reg)) begin
        ap_return_2 = ap_return_2_int_reg;
    end else if ((1'b1 == ap_ce_reg)) begin
        ap_return_2 = acc_2_V_fu_939_p2;
    end
end

always @ (*) begin
    if ((1'b0 == ap_ce_reg)) begin
        ap_return_3 = ap_return_3_int_reg;
    end else if ((1'b1 == ap_ce_reg)) begin
        ap_return_3 = acc_3_V_fu_944_p2;
    end
end

always @ (*) begin
    if ((1'b0 == ap_ce_reg)) begin
        ap_return_4 = ap_return_4_int_reg;
    end else if ((1'b1 == ap_ce_reg)) begin
        ap_return_4 = acc_4_V_fu_953_p2;
    end
end

assign acc_1_V_fu_934_p2 = (add_ln703_193_fu_911_p2 - data_31_V_read32_reg_989_pp0_iter6_reg);

assign acc_2_V_fu_939_p2 = (add_ln703_196_fu_919_p2 - data_31_V_read32_reg_989_pp0_iter6_reg);

assign acc_3_V_fu_944_p2 = (sub_ln703_69_fu_924_p2 + data_31_V_read32_reg_989_pp0_iter6_reg);

assign acc_4_V_fu_953_p2 = (add_ln703_198_fu_949_p2 + sub_ln703_67_fu_901_p2);

assign add_ln703_130_fu_300_p2 = (data_2_V_read_8_reg_1240 + data_3_V_read_8_reg_1232);

assign add_ln703_131_fu_304_p2 = (add_ln703_130_fu_300_p2 + add_ln703_reg_1246);

assign add_ln703_132_fu_314_p2 = (sub_ln703_3_fu_296_p2 + data_4_V_read_8_reg_1224);

assign add_ln703_133_fu_334_p2 = (sub_ln703_1_reg_1252 + data_3_V_read_8_reg_1232);

assign add_ln703_134_fu_338_p2 = (data_5_V_read_7_reg_1215 + data_6_V_read_7_reg_1208);

assign add_ln703_135_fu_342_p2 = (add_ln703_134_fu_338_p2 + data_4_V_read_8_reg_1224);

assign add_ln703_136_fu_347_p2 = (add_ln703_135_fu_342_p2 + add_ln703_133_fu_334_p2);

assign add_ln703_137_fu_358_p2 = (add_ln703_132_fu_314_p2 + data_5_V_read_7_reg_1215);

assign add_ln703_138_fu_363_p2 = (data_6_V_read_7_reg_1208 + data_7_V_read_7_reg_1201);

assign add_ln703_139_fu_367_p2 = (add_ln703_138_fu_363_p2 + add_ln703_137_fu_358_p2);

assign add_ln703_140_fu_381_p2 = (add_ln703_138_reg_1278 + sub_ln703_7_fu_373_p2);

assign add_ln703_141_fu_386_p2 = (sub_ln703_6_reg_1263 + data_5_V_read_7_reg_1215_pp0_iter1_reg);

assign add_ln703_142_fu_390_p2 = (add_ln703_138_reg_1278 + add_ln703_141_fu_386_p2);

assign add_ln703_143_fu_395_p2 = (sub_ln703_9_reg_1273 + data_7_V_read_7_reg_1201_pp0_iter1_reg);

assign add_ln703_144_fu_399_p2 = (sub_ln703_10_fu_377_p2 + data_8_V_read_6_reg_1192_pp0_iter1_reg);

assign add_ln703_145_fu_433_p2 = (sub_ln703_13_fu_413_p2 + data_9_V_read_6_reg_1183_pp0_iter1_reg);

assign add_ln703_146_fu_453_p2 = (sub_ln703_17_fu_438_p2 + data_10_V_read11_reg_1174_pp0_iter1_reg);

assign add_ln703_147_fu_458_p2 = (sub_ln703_19_fu_448_p2 + data_11_V_read12_reg_1165_pp0_iter1_reg);

assign add_ln703_148_fu_463_p2 = (sub_ln703_12_fu_408_p2 + data_9_V_read_6_reg_1183_pp0_iter1_reg);

assign add_ln703_149_fu_468_p2 = (data_10_V_read11_reg_1174_pp0_iter1_reg + data_11_V_read12_reg_1165_pp0_iter1_reg);

assign add_ln703_150_fu_476_p2 = (add_ln703_149_reg_1314 + add_ln703_148_reg_1309);

assign add_ln703_151_fu_489_p2 = (data_11_V_read12_reg_1165_pp0_iter2_reg + data_12_V_read13_reg_1156_pp0_iter2_reg);

assign add_ln703_152_fu_493_p2 = (add_ln703_151_fu_489_p2 + sub_ln703_18_reg_1294);

assign add_ln703_153_fu_507_p2 = (sub_ln703_21_fu_480_p2 + data_12_V_read13_reg_1156_pp0_iter2_reg);

assign add_ln703_154_fu_512_p2 = (sub_ln703_22_fu_485_p2 + data_12_V_read13_reg_1156_pp0_iter2_reg);

assign add_ln703_155_fu_522_p2 = (sub_ln703_24_fu_502_p2 + data_13_V_read14_reg_1147_pp0_iter2_reg);

assign add_ln703_156_fu_571_p2 = (sub_ln703_25_reg_1319 + data_14_V_read15_reg_1138_pp0_iter3_reg);

assign add_ln703_157_fu_547_p2 = (sub_ln703_23_fu_498_p2 + data_13_V_read14_reg_1147_pp0_iter2_reg);

assign add_ln703_158_fu_552_p2 = (data_14_V_read15_reg_1138_pp0_iter2_reg + data_15_V_read16_reg_1129_pp0_iter2_reg);

assign add_ln703_159_fu_556_p2 = (add_ln703_158_fu_552_p2 + add_ln703_157_fu_547_p2);

assign add_ln703_160_fu_588_p2 = (sub_ln703_29_fu_575_p2 + data_15_V_read16_reg_1129_pp0_iter3_reg);

assign add_ln703_161_fu_593_p2 = (sub_ln703_30_reg_1334 + data_15_V_read16_reg_1129_pp0_iter3_reg);

assign add_ln703_162_fu_616_p2 = (sub_ln703_34_fu_597_p2 + data_17_V_read_7_reg_1111_pp0_iter3_reg);

assign add_ln703_163_fu_621_p2 = (sub_ln703_35_fu_602_p2 + data_17_V_read_7_reg_1111_pp0_iter3_reg);

assign add_ln703_164_fu_631_p2 = (data_17_V_read_7_reg_1111_pp0_iter3_reg + data_18_V_read_6_reg_1103_pp0_iter3_reg);

assign add_ln703_165_fu_635_p2 = (add_ln703_164_fu_631_p2 + sub_ln703_36_fu_607_p2);

assign add_ln703_166_fu_567_p2 = (data_18_V_read_6_reg_1103_pp0_iter2_reg + data_19_V_read_6_reg_1095_pp0_iter2_reg);

assign add_ln703_167_fu_641_p2 = (add_ln703_166_reg_1344 + sub_ln703_37_fu_612_p2);

assign add_ln703_168_fu_674_p2 = (sub_ln703_39_fu_666_p2 + data_19_V_read_6_reg_1095_pp0_iter4_reg);

assign add_ln703_169_fu_702_p2 = (sub_ln703_44_fu_688_p2 + data_21_V_read22_reg_1077_pp0_iter4_reg);

assign add_ln703_170_fu_712_p2 = (sub_ln703_40_fu_670_p2 + data_20_V_read21_reg_1086_pp0_iter4_reg);

assign add_ln703_171_fu_717_p2 = (data_21_V_read22_reg_1077_pp0_iter4_reg + data_22_V_read23_reg_1068_pp0_iter4_reg);

assign add_ln703_172_fu_721_p2 = (add_ln703_171_fu_717_p2 + add_ln703_170_fu_712_p2);

assign add_ln703_173_fu_732_p2 = (sub_ln703_47_fu_707_p2 + data_23_V_read24_reg_1059_pp0_iter4_reg);

assign add_ln703_174_fu_651_p2 = (sub_ln703_31_fu_579_p2 + data_16_V_read_7_reg_1120_pp0_iter3_reg);

assign add_ln703_175_fu_656_p2 = (add_ln703_166_reg_1344 + data_17_V_read_7_reg_1111_pp0_iter3_reg);

assign add_ln703_176_fu_660_p2 = (add_ln703_175_fu_656_p2 + add_ln703_174_fu_651_p2);

assign add_ln703_177_fu_747_p2 = (data_20_V_read21_reg_1086_pp0_iter4_reg + data_21_V_read22_reg_1077_pp0_iter4_reg);

assign add_ln703_178_fu_751_p2 = (data_23_V_read24_reg_1059_pp0_iter4_reg + data_24_V_read25_reg_1050_pp0_iter4_reg);

assign add_ln703_179_fu_755_p2 = (add_ln703_178_fu_751_p2 + data_22_V_read23_reg_1068_pp0_iter4_reg);

assign add_ln703_180_fu_760_p2 = (add_ln703_179_fu_755_p2 + add_ln703_177_fu_747_p2);

assign add_ln703_181_fu_775_p2 = (add_ln703_180_reg_1395 + add_ln703_176_reg_1370_pp0_iter5_reg);

assign add_ln703_182_fu_806_p2 = (sub_ln703_46_reg_1375 + data_22_V_read23_reg_1068_pp0_iter5_reg);

assign add_ln703_183_fu_766_p2 = (data_24_V_read25_reg_1050_pp0_iter4_reg + data_25_V_read26_reg_1041_pp0_iter4_reg);

assign add_ln703_184_fu_770_p2 = (add_ln703_183_fu_766_p2 + data_23_V_read24_reg_1059_pp0_iter4_reg);

assign add_ln703_185_fu_810_p2 = (add_ln703_184_reg_1400 + add_ln703_182_fu_806_p2);

assign add_ln703_186_fu_815_p2 = (sub_ln703_53_fu_787_p2 + data_25_V_read26_reg_1041_pp0_iter5_reg);

assign add_ln703_187_fu_845_p2 = (data_26_V_read_7_reg_1032_pp0_iter5_reg + data_27_V_read_7_reg_1023_pp0_iter5_reg);

assign add_ln703_188_fu_849_p2 = (add_ln703_187_fu_845_p2 + sub_ln703_55_fu_796_p2);

assign add_ln703_189_fu_855_p2 = (sub_ln703_59_fu_830_p2 + data_27_V_read_7_reg_1023_pp0_iter5_reg);

assign add_ln703_190_fu_887_p2 = (sub_ln703_62_reg_1415 + data_28_V_read_6_reg_1014_pp0_iter6_reg);

assign add_ln703_191_fu_896_p2 = (sub_ln703_65_fu_883_p2 + data_29_V_read_6_reg_1006_pp0_iter6_reg);

assign add_ln703_192_fu_870_p2 = (data_29_V_read_6_reg_1006_pp0_iter5_reg + data_30_V_read31_reg_998_pp0_iter5_reg);

assign add_ln703_193_fu_911_p2 = (add_ln703_192_reg_1425 + sub_ln703_64_reg_1420);

assign add_ln703_194_fu_874_p2 = (sub_ln703_58_fu_825_p2 + data_27_V_read_7_reg_1023_pp0_iter5_reg);

assign add_ln703_195_fu_915_p2 = (add_ln703_192_reg_1425 + data_28_V_read_6_reg_1014_pp0_iter6_reg);

assign add_ln703_196_fu_919_p2 = (add_ln703_195_fu_915_p2 + add_ln703_194_reg_1431);

assign add_ln703_198_fu_949_p2 = (data_30_V_read31_reg_998_pp0_iter6_reg + data_31_V_read32_reg_989_pp0_iter6_reg);

assign add_ln703_fu_280_p2 = (data_0_V_read_int_reg + data_1_V_read_int_reg);

assign ap_block_pp0_stage0 = ~(1'b1 == 1'b1);

assign ap_block_pp0_stage0_11001 = ~(1'b1 == 1'b1);

assign ap_block_state1_pp0_stage0_iter0 = ~(1'b1 == 1'b1);

assign ap_block_state2_pp0_stage0_iter1 = ~(1'b1 == 1'b1);

assign ap_block_state3_pp0_stage0_iter2 = ~(1'b1 == 1'b1);

assign ap_block_state4_pp0_stage0_iter3 = ~(1'b1 == 1'b1);

assign ap_block_state5_pp0_stage0_iter4 = ~(1'b1 == 1'b1);

assign ap_block_state6_pp0_stage0_iter5 = ~(1'b1 == 1'b1);

assign ap_block_state7_pp0_stage0_iter6 = ~(1'b1 == 1'b1);

assign ap_block_state8_pp0_stage0_iter7 = ~(1'b1 == 1'b1);

assign sub_ln703_10_fu_377_p2 = (add_ln703_136_reg_1268 - data_7_V_read_7_reg_1201_pp0_iter1_reg);

assign sub_ln703_11_fu_404_p2 = (add_ln703_139_reg_1284 - data_8_V_read_6_reg_1192_pp0_iter1_reg);

assign sub_ln703_12_fu_408_p2 = (add_ln703_140_fu_381_p2 - data_8_V_read_6_reg_1192_pp0_iter1_reg);

assign sub_ln703_13_fu_413_p2 = (add_ln703_142_fu_390_p2 - data_8_V_read_6_reg_1192_pp0_iter1_reg);

assign sub_ln703_14_fu_418_p2 = (add_ln703_143_fu_395_p2 - data_8_V_read_6_reg_1192_pp0_iter1_reg);

assign sub_ln703_15_fu_423_p2 = (add_ln703_144_fu_399_p2 - data_9_V_read_6_reg_1183_pp0_iter1_reg);

assign sub_ln703_16_fu_428_p2 = (sub_ln703_11_fu_404_p2 - data_9_V_read_6_reg_1183_pp0_iter1_reg);

assign sub_ln703_17_fu_438_p2 = (sub_ln703_14_fu_418_p2 - data_9_V_read_6_reg_1183_pp0_iter1_reg);

assign sub_ln703_18_fu_443_p2 = (sub_ln703_15_fu_423_p2 - data_10_V_read11_reg_1174_pp0_iter1_reg);

assign sub_ln703_19_fu_448_p2 = (sub_ln703_16_fu_428_p2 - data_10_V_read11_reg_1174_pp0_iter1_reg);

assign sub_ln703_1_fu_286_p2 = (sub_ln703_fu_274_p2 - data_2_V_read_int_reg);

assign sub_ln703_20_fu_472_p2 = (add_ln703_145_reg_1289 - data_10_V_read11_reg_1174_pp0_iter2_reg);

assign sub_ln703_21_fu_480_p2 = (sub_ln703_20_fu_472_p2 - data_11_V_read12_reg_1165_pp0_iter2_reg);

assign sub_ln703_22_fu_485_p2 = (add_ln703_146_reg_1299 - data_11_V_read12_reg_1165_pp0_iter2_reg);

assign sub_ln703_23_fu_498_p2 = (add_ln703_147_reg_1304 - data_12_V_read13_reg_1156_pp0_iter2_reg);

assign sub_ln703_24_fu_502_p2 = (add_ln703_150_fu_476_p2 - data_12_V_read13_reg_1156_pp0_iter2_reg);

assign sub_ln703_25_fu_517_p2 = (add_ln703_152_fu_493_p2 - data_13_V_read14_reg_1147_pp0_iter2_reg);

assign sub_ln703_26_fu_527_p2 = (add_ln703_153_fu_507_p2 - data_13_V_read14_reg_1147_pp0_iter2_reg);

assign sub_ln703_27_fu_532_p2 = (add_ln703_154_fu_512_p2 - data_13_V_read14_reg_1147_pp0_iter2_reg);

assign sub_ln703_28_fu_537_p2 = (add_ln703_155_fu_522_p2 - data_14_V_read15_reg_1138_pp0_iter2_reg);

assign sub_ln703_29_fu_575_p2 = (sub_ln703_26_reg_1324 - data_14_V_read15_reg_1138_pp0_iter3_reg);

assign sub_ln703_2_fu_292_p2 = (data_2_V_read_8_reg_1240 - add_ln703_reg_1246);

assign sub_ln703_30_fu_542_p2 = (sub_ln703_27_fu_532_p2 - data_14_V_read15_reg_1138_pp0_iter2_reg);

assign sub_ln703_31_fu_579_p2 = (add_ln703_156_fu_571_p2 - data_15_V_read16_reg_1129_pp0_iter3_reg);

assign sub_ln703_32_fu_584_p2 = (sub_ln703_28_reg_1329 - data_15_V_read16_reg_1129_pp0_iter3_reg);

assign sub_ln703_33_fu_562_p2 = (add_ln703_159_fu_556_p2 - data_16_V_read_7_reg_1120_pp0_iter2_reg);

assign sub_ln703_34_fu_597_p2 = (sub_ln703_32_fu_584_p2 - data_16_V_read_7_reg_1120_pp0_iter3_reg);

assign sub_ln703_35_fu_602_p2 = (add_ln703_160_fu_588_p2 - data_16_V_read_7_reg_1120_pp0_iter3_reg);

assign sub_ln703_36_fu_607_p2 = (add_ln703_161_fu_593_p2 - data_16_V_read_7_reg_1120_pp0_iter3_reg);

assign sub_ln703_37_fu_612_p2 = (sub_ln703_33_reg_1339 - data_17_V_read_7_reg_1111_pp0_iter3_reg);

assign sub_ln703_38_fu_626_p2 = (add_ln703_162_fu_616_p2 - data_18_V_read_6_reg_1103_pp0_iter3_reg);

assign sub_ln703_39_fu_666_p2 = (add_ln703_163_reg_1350 - data_18_V_read_6_reg_1103_pp0_iter4_reg);

assign sub_ln703_3_fu_296_p2 = (sub_ln703_1_reg_1252 - data_3_V_read_8_reg_1232);

assign sub_ln703_40_fu_670_p2 = (sub_ln703_38_reg_1355 - data_19_V_read_6_reg_1095_pp0_iter4_reg);

assign sub_ln703_41_fu_646_p2 = (add_ln703_165_fu_635_p2 - data_19_V_read_6_reg_1095_pp0_iter3_reg);

assign sub_ln703_42_fu_679_p2 = (add_ln703_167_reg_1360 - data_20_V_read21_reg_1086_pp0_iter4_reg);

assign sub_ln703_43_fu_683_p2 = (add_ln703_168_fu_674_p2 - data_20_V_read21_reg_1086_pp0_iter4_reg);

assign sub_ln703_44_fu_688_p2 = (sub_ln703_41_reg_1365 - data_20_V_read21_reg_1086_pp0_iter4_reg);

assign sub_ln703_45_fu_692_p2 = (sub_ln703_42_fu_679_p2 - data_21_V_read22_reg_1077_pp0_iter4_reg);

assign sub_ln703_46_fu_697_p2 = (sub_ln703_43_fu_683_p2 - data_21_V_read22_reg_1077_pp0_iter4_reg);

assign sub_ln703_47_fu_707_p2 = (sub_ln703_45_fu_692_p2 - data_22_V_read23_reg_1068_pp0_iter4_reg);

assign sub_ln703_48_fu_727_p2 = (add_ln703_169_fu_702_p2 - data_22_V_read23_reg_1068_pp0_iter4_reg);

assign sub_ln703_49_fu_737_p2 = (add_ln703_172_fu_721_p2 - data_23_V_read24_reg_1059_pp0_iter4_reg);

assign sub_ln703_4_fu_309_p2 = (sub_ln703_2_fu_292_p2 - data_3_V_read_8_reg_1232);

assign sub_ln703_50_fu_742_p2 = (sub_ln703_48_fu_727_p2 - data_23_V_read24_reg_1059_pp0_iter4_reg);

assign sub_ln703_51_fu_779_p2 = (add_ln703_173_reg_1380 - data_24_V_read25_reg_1050_pp0_iter5_reg);

assign sub_ln703_52_fu_783_p2 = (sub_ln703_49_reg_1385 - data_24_V_read25_reg_1050_pp0_iter5_reg);

assign sub_ln703_53_fu_787_p2 = (sub_ln703_50_reg_1390 - data_24_V_read25_reg_1050_pp0_iter5_reg);

assign sub_ln703_54_fu_791_p2 = (add_ln703_181_fu_775_p2 - data_25_V_read26_reg_1041_pp0_iter5_reg);

assign sub_ln703_55_fu_796_p2 = (sub_ln703_51_fu_779_p2 - data_25_V_read26_reg_1041_pp0_iter5_reg);

assign sub_ln703_56_fu_801_p2 = (sub_ln703_52_fu_783_p2 - data_25_V_read26_reg_1041_pp0_iter5_reg);

assign sub_ln703_57_fu_820_p2 = (sub_ln703_54_fu_791_p2 - data_26_V_read_7_reg_1032_pp0_iter5_reg);

assign sub_ln703_58_fu_825_p2 = (sub_ln703_56_fu_801_p2 - data_26_V_read_7_reg_1032_pp0_iter5_reg);

assign sub_ln703_59_fu_830_p2 = (add_ln703_185_fu_810_p2 - data_26_V_read_7_reg_1032_pp0_iter5_reg);

assign sub_ln703_5_fu_319_p2 = (add_ln703_131_fu_304_p2 - data_4_V_read_8_reg_1224);

assign sub_ln703_60_fu_835_p2 = (add_ln703_186_fu_815_p2 - data_26_V_read_7_reg_1032_pp0_iter5_reg);

assign sub_ln703_61_fu_840_p2 = (sub_ln703_57_fu_820_p2 - data_27_V_read_7_reg_1023_pp0_iter5_reg);

assign sub_ln703_62_fu_860_p2 = (sub_ln703_60_fu_835_p2 - data_27_V_read_7_reg_1023_pp0_iter5_reg);

assign sub_ln703_63_fu_879_p2 = (sub_ln703_61_reg_1405 - data_28_V_read_6_reg_1014_pp0_iter6_reg);

assign sub_ln703_64_fu_865_p2 = (add_ln703_188_fu_849_p2 - data_28_V_read_6_reg_1014_pp0_iter5_reg);

assign sub_ln703_65_fu_883_p2 = (add_ln703_189_reg_1410 - data_28_V_read_6_reg_1014_pp0_iter6_reg);

assign sub_ln703_66_fu_891_p2 = (sub_ln703_63_fu_879_p2 - data_29_V_read_6_reg_1006_pp0_iter6_reg);

assign sub_ln703_67_fu_901_p2 = (add_ln703_190_fu_887_p2 - data_29_V_read_6_reg_1006_pp0_iter6_reg);

assign sub_ln703_68_fu_906_p2 = (sub_ln703_66_fu_891_p2 - data_30_V_read31_reg_998_pp0_iter6_reg);

assign sub_ln703_69_fu_924_p2 = (add_ln703_191_fu_896_p2 - data_30_V_read31_reg_998_pp0_iter6_reg);

assign sub_ln703_6_fu_324_p2 = (sub_ln703_4_fu_309_p2 - data_4_V_read_8_reg_1224);

assign sub_ln703_70_fu_929_p2 = (sub_ln703_68_fu_906_p2 - data_31_V_read32_reg_989_pp0_iter6_reg);

assign sub_ln703_7_fu_373_p2 = (sub_ln703_5_reg_1258 - data_5_V_read_7_reg_1215_pp0_iter1_reg);

assign sub_ln703_8_fu_329_p2 = (add_ln703_132_fu_314_p2 - data_5_V_read_7_reg_1215);

assign sub_ln703_9_fu_353_p2 = (sub_ln703_8_fu_329_p2 - data_6_V_read_7_reg_1208);

assign sub_ln703_fu_274_p2 = (data_0_V_read_int_reg - data_1_V_read_int_reg);

endmodule //dense_latency_ap_fixed_ap_fixed_config14_0_0_0_0_0_0